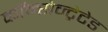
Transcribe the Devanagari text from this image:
कॉन्सेन्ट्रेटेड